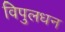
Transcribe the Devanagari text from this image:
विपुलधन